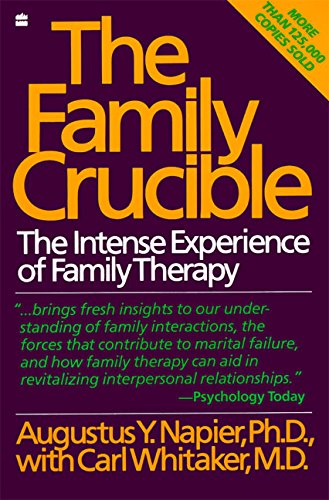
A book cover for The Family Crucible: The Intense Experience of Family Therapy (Perennial Library); Augustus Y. Napier; Medical Books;